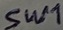
Text: SW1